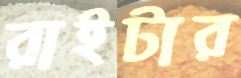
রাইটার